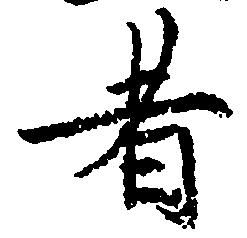
者